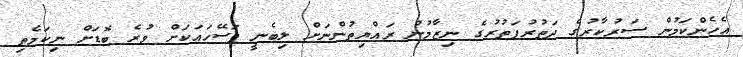
އެހެންކަމުން ސަރުކާރުގެ ދަތުރުފަތުރުގެ ނިޒާމުން ރައްޔިތުންނަށް ލިބެނީ ފަސޭހައަކަށް ވުރެ ބޮޑަށް ނިކަމެތި